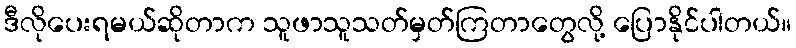
ဒီလိုပေးရမယ်ဆိုတာက သူဖာသူသတ်မှတ်ကြတာတွေလို့ ပြောနိုင်ပါတယ်။